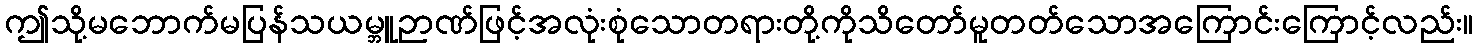
ဤသို့မဘောက်မပြန်သယမ္ဘူဉာဏ်ဖြင့်အလုံးစုံသောတရားတို့ကိုသိတော်မူတတ်သောအကြောင်းကြောင့်လည်း။